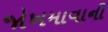
જોખમાવાની